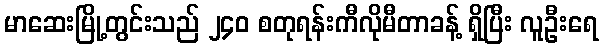
မာဆေးမြို့တွင်းသည် ၂၄၀ စတုရန်းကီလိုမီတာခန့် ရှိပြီး လူဦးရေ